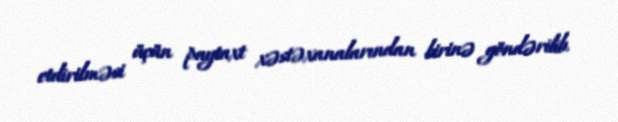
etdirilməsi üçün paytaxt xəstəxanalarından birinə göndərilib.